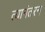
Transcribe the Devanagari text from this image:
त्यानंतरन